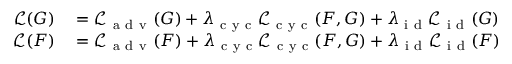
\begin{array} { r l } { \mathcal { L } ( G ) } & { { } = \mathcal { L } _ { \mathrm { ~ a ~ d ~ v ~ } } ( G ) + \lambda _ { \mathrm { ~ c ~ y ~ c ~ } } \mathcal { L } _ { \mathrm { ~ c ~ y ~ c ~ } } ( F , G ) + \lambda _ { \mathrm { ~ i ~ d ~ } } \mathcal { L } _ { \mathrm { ~ i ~ d ~ } } ( G ) } \\ { \mathcal { L } ( F ) } & { { } = \mathcal { L } _ { \mathrm { ~ a ~ d ~ v ~ } } ( F ) + \lambda _ { \mathrm { ~ c ~ y ~ c ~ } } \mathcal { L } _ { \mathrm { ~ c ~ y ~ c ~ } } ( F , G ) + \lambda _ { \mathrm { ~ i ~ d ~ } } \mathcal { L } _ { \mathrm { ~ i ~ d ~ } } ( F ) } \end{array}